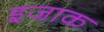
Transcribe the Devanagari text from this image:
इजा़क